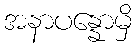
အနာပန္နောမှိ